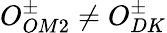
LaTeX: O_{OM2}^{\pm}\neq O_{DK}^{\pm}